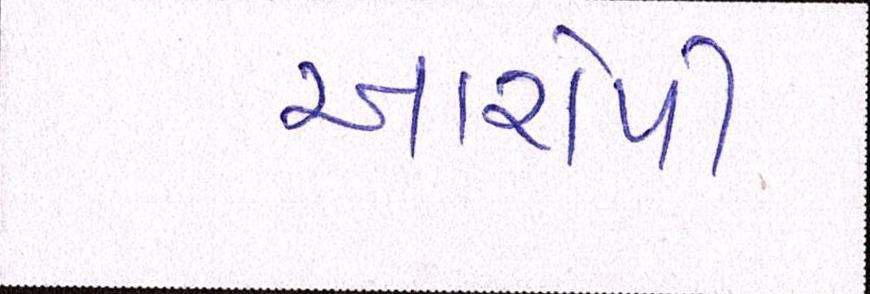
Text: આરોપી